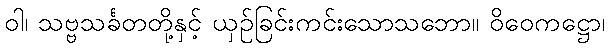
ဝါ၊ သဗ္ဗသင်္ခတတို့နှင့် ယှဉ်ခြင်းကင်းသောသဘော။ ဝိဝေကဋ္ဌော၊